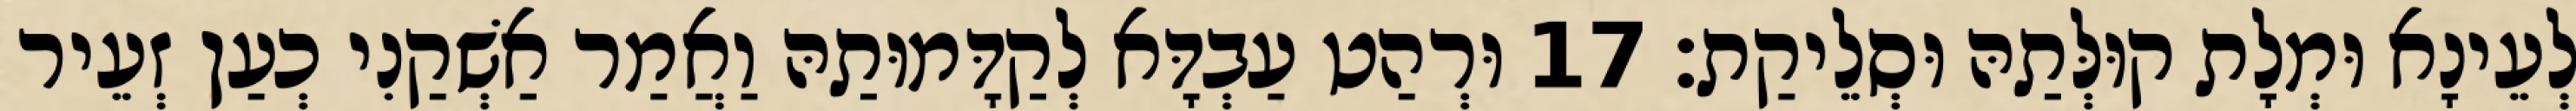
לְעֵינָא וּמְלָת קוּלְּתַהּ וּסְלֵיקַת׃ 17 וּרְהַט עַבְדָּא לְקַדָּמוּתַהּ וַאֲמַר אַשְׁקַנִי כְעַן זְעֵיר